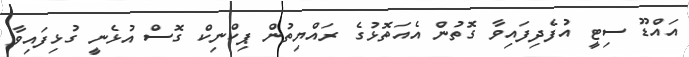
އައްޑޫ ސިޓީ އުފެދިފައިވާ ގޮތުން އެއަތޮޅުގެ ރައްޔިތުން ޕިކްނިކް ގޮސް އުޅެނީ ގުޅިފައިވާ